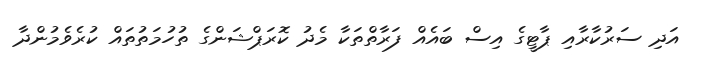
އަދި ސަރުކާރާއި ޕާޓީގެ އިސް ބައެއް ފަރާތްތަކާ މެދު ކޮރަޕްޝަންގެ ތުހުމަތުތައް ކުރެވެމުންދާ